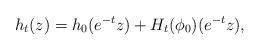
LaTeX: \begin{align*}h_t(z) = h_0(e^{-t} z) + H_t(\phi_0)(e^{-t}z),\end{align*}